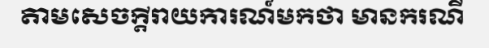
តាមសេចក្តីរាយការណ៍មកថា មានករណី